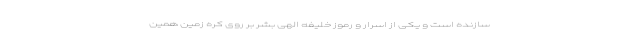
سازنده است و یکی از اسرار و رموز خلیفه الهی بشر بر روی کره زمین همین